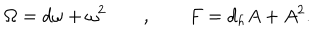
LaTeX: \Omega = d \omega + \omega ^ { 2 } \quad \quad , \quad \quad F = d _ { h } A + A ^ { 2 } .